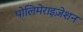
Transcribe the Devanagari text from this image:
पोलिमेराइज़ेशन